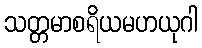
သတ္တမာစရိယမဟယုဂါ